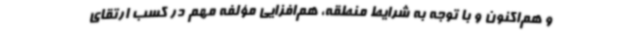
و هم‌اکنون و با توجه به شرایط منطقه، هم‌افزایی مؤلفه مهم در کسب ارتقای